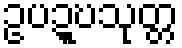
ဥပဍ္ဎသုတ္တ